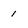
Character: 1